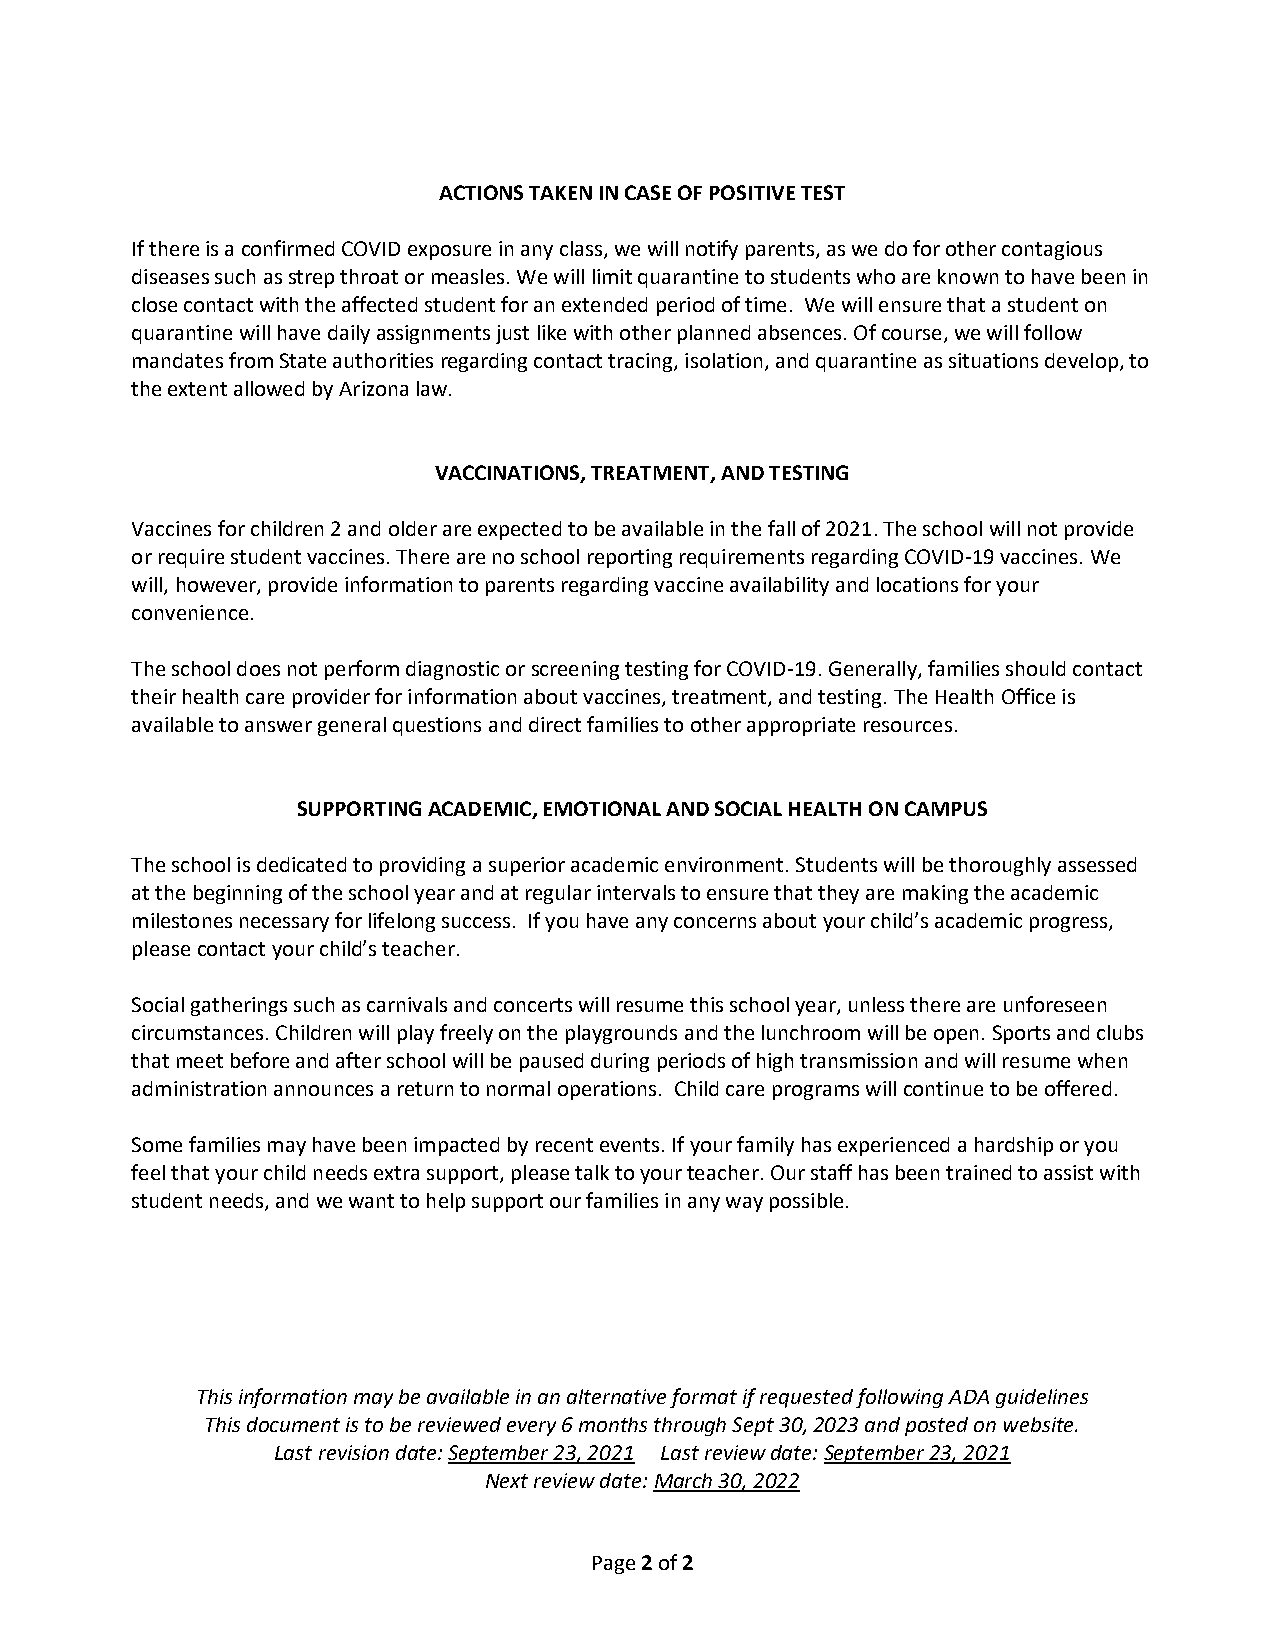
ACTIONS TAKEN IN CASE OF POSITIVE TEST
 If there is a confirmed COVID exposure in any class, we will notify parents, as we do for other contagious
 diseases such as strep throat or measles. We will limit quarantine to students who are known to have been in
 close contact with the affected student for an extended period of time. We will ensure that a student on
 quarantine will have daily assignments just like with other planned absences. Of course, we will follow
 mandates from State authorities regarding contact tracing, isolation, and quarantine as situations develop, to
 the extent allowed by Arizona law.
 VACCINATIONS, TREATMENT, AND TESTING
 Vaccines for children 2 and older are expected to be available in the fall of 2021. The school will not provide
 or require student vaccines. There are no school reporting requirements regarding COVID-19 vaccines. We
 will, however, provide information to parents regarding vaccine availability and locations for your
 convenience.
 The school does not perform diagnostic or screening testing for COVID-19. Generally, families should contact
 their health care provider for information about vaccines, treatment, and testing. The Health Office is
 available to answer general questions and direct families to other appropriate resources.
 SUPPORTING ACADEMIC, EMOTIONAL AND SOCIAL HEALTH ON CAMPUS
 The school is dedicated to providing a superior academic environment. Students will be thoroughly assessed
 at the beginning of the school year and at regular intervals to ensure that they are making the academic
 milestones necessary for lifelong success. If you have any concerns about your child’s academic progress,
 please contact your child’s teacher.
 Social gatherings such as carnivals and concerts will resume this school year, unless there are unforeseen
 circumstances. Children will play freely on the playgrounds and the lunchroom will be open. Sports and clubs
 that meet before and after school will be paused during periods of high transmission and will resume when
 administration announces a return to normal operations. Child care programs will continue to be offered.
 Some families may have been impacted by recent events. If your family has experienced a hardship or you
 feel that your child needs extra support, please talk to your teacher. Our staff has been trained to assist with
 student needs, and we want to help support our families in any way possible.
 This information may be available in an alternative format if requested following ADA guidelines
 This document is to be reviewed every 6 months through Sept 30, 2023 and posted on website.
 Last revision date: September 23, 2021 Last review date: September 23, 2021
 Next review date: March 30, 2022
 Page 2 of 2